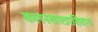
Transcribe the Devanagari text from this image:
कलनशास्त्राशिवाय